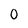
Character: 0